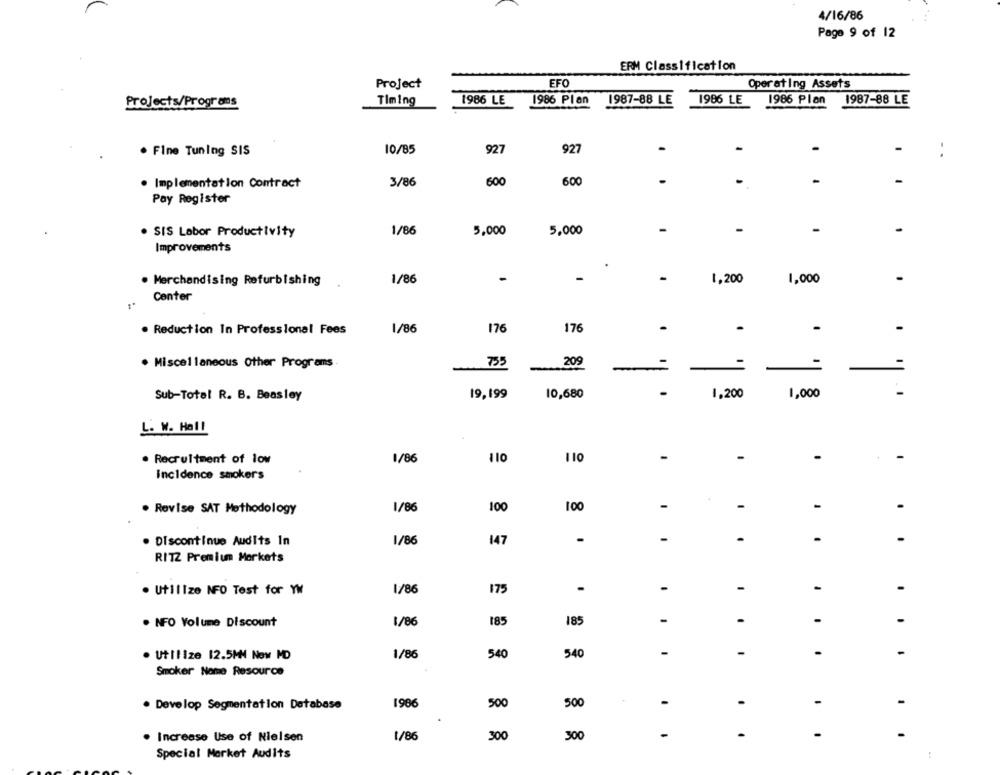
4/16/86
Page 9 of 12
ERM Classification
Project
EFO
Operating Assets
Timing
1986 LE
1986 Plan
1987-88 LE
1986 LE
1986 Plan
1987-88 LE
Projects/Programs
927
. Fine Tuning SIS
10/85
927
..
-
Implementation Contract
3/86
600
600
Pay Register
SIS Labor Productivity
1/86
5,000
5,000
Improvements
1/86
-
1,200
1,000
-
. Merchandising RefurbIshing
Center
. Reduction In Professional Fees
1/86
176
176
-
-
. Miscellaneous Other Programs
755
209
19,199
10,680
1,200
1,000
Sub-Total R. B. Beasley
L. W. Hall
1/86
110
110
-
-
-
. Recruitment of low
-
£
incidence smokers
. Revise SAT Methodology
1/86
100
100
-
-
-
. Discontinue Audits In
1/86
147
.
-
RITZ Premium Markets
1/86
175
-
-
-
-
. Utilize NFO Test for YM
-
-
-
-
. NFO Volume Discount
1/86
185
185
-
-
. Utilize 12.5MM Now MD
1/86
540
540
Smoker Nome Resource
1986
500
500
-
-
-
. Develop Segmentation Database
1/86
300
300
-
-
-
-
· Increase Use of Nielsen
Special Market Audits